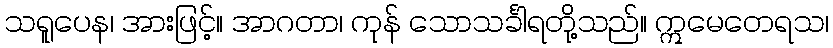
သရူပေန၊ အားဖြင့်။ အာဂတာ၊ ကုန် သောသင်္ခါရတို့သည်။ ဣမေတေရသ၊